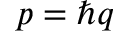
p = \hbar q